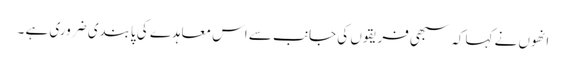
انھوں نے کہا کہ سبھی فریقوں کی جانب سے اس معاہدے کی پابندی ضروری ہے ۔